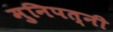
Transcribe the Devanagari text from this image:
मुनिपत्‍नी